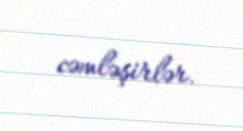
cəmləşirlər.